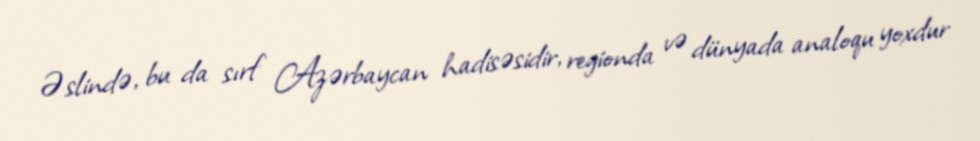
Əslində, bu da sırf Azərbaycan hadisəsidir, regionda və dünyada analoqu yoxdur